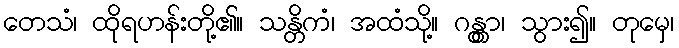
တေသံ၊ ထိုရဟန်းတို့၏။ သန္တိကံ၊ အထံသို့။ ဂန္တွာ၊ သွား၍။ တုမှေ၊